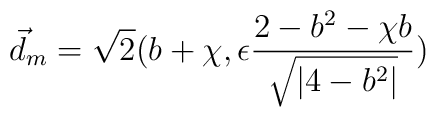
\vec{d}_m = \sqrt{2} ( b + \chi ,  \epsilon \frac{2 - b^2 - \chi  b }{\sqrt{|4-b^2 | } } )